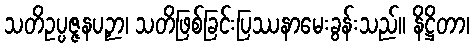
သတိဥပ္ပဇ္ဇနပဉှာ၊ သတိဖြစ်ခြင်းပြဿနာမေးခွန်းသည်။ နိဋ္ဌိတာ၊